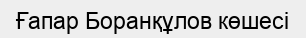
Ғапар Боранқұлов көшесі